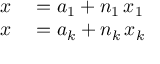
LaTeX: \begin{array} { r l } { x } & { { } = a _ { 1 } + n _ { 1 } \, x _ { 1 } } \\ { x } & { { } = a _ { k } + n _ { k } \, x _ { k } } \end{array}